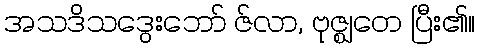
အသဒိသဒွေးဘော် ဇ်လာ, ဗုဇ္ဈတေ ပြီး၏။